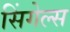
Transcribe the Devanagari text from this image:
सिंगेल्स